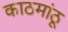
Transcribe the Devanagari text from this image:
काठमांठू